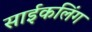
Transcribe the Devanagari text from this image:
साईकलिंग